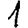
Digit: 1